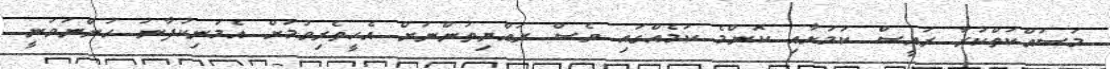
މަސައްކަތްކުރާ ރައީސް ކަމަށާއި ކޮންމެ ކަމެއްގައި ވެސް ރައްޔިތުންނަށް އެހީތެރިވުމަށް އެމަނިކުފާނު ހުންނަވަނީ